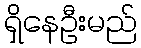
ရှိနေဦးမည်